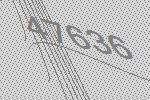
47636